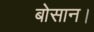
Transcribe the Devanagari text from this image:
बोसान।